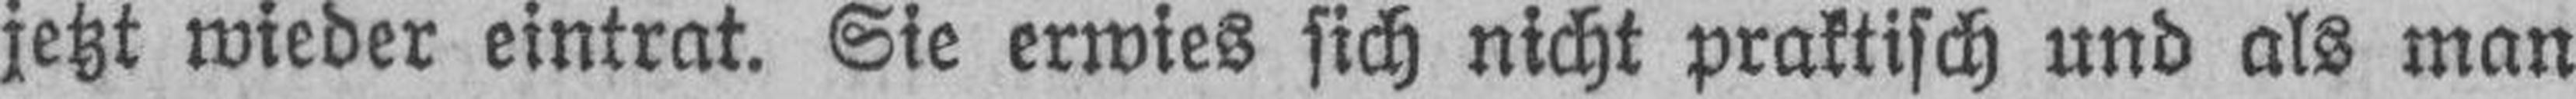
jetzt wieder eintrat. Sie erwies sich nicht praktisch und als man